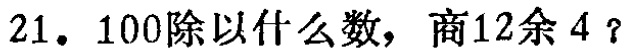
21. \(100\)除以什么数，商\(12\)余\(4\)？